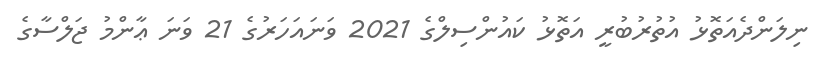
ނިލަންދެއަތޮޅު އުތުރުބުރީ އަތޮޅު ކައުންސިލްގެ 2021 ވަނައަހަރުގެ 21 ވަނަ ޢާންމު ޖަލްސާގެ